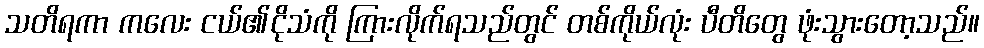
သတိရကာ ကလေး ငယ်၏ငိုသံကို ကြားလိုက်ရသည်တွင် တစ်ကိုယ်လုံး ပီတိတွေ ဖုံးသွားတော့သည်။